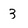
Character: 3